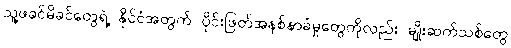
သူ့ဖခင်မိခင်တွေရဲ့ နိုင်ငံအတွက် ပိုင်းဖြတ်အနစ်နာခံမှုတွေကိုလည်း မျိုးဆက်သစ်တွေ